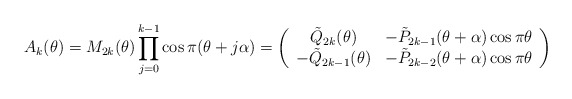
\begin{align*}A_{k}(\theta)=M_{2k}(\theta)\prod_{j=0}^{k-1} \cos \pi(\theta+j \alpha)=\left(\begin{array}{cc}\tilde{Q}_{2k}(\theta) & -\tilde{P}_{2k-1}(\theta+\alpha) \cos \pi \theta \\-\tilde{Q}_{2k-1}(\theta) & -\tilde{P}_{2k-2}(\theta+\alpha) \cos \pi \theta \end{array}\right) \end{align*}